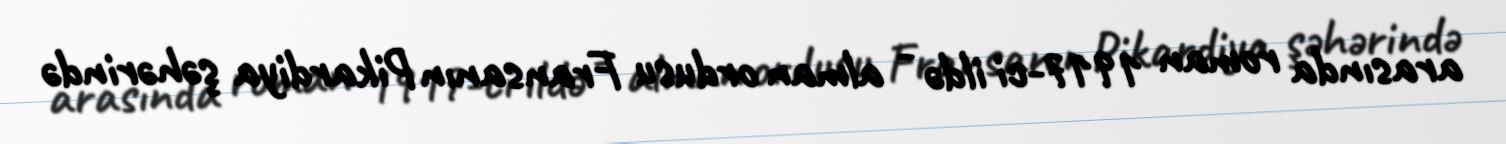
arasında roman 1917-ci ildə - alman ordusu Fransanın Pikardiya şəhərində